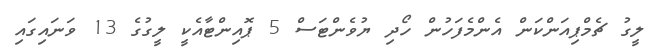
ލީގު ޗެމްޕިއަންކަން އެންމެފަހުން ހޯދި ޔުވެންޓަސް 5 ޕޮއިންޓާއެކީ ލީގުގެ 13 ވަނައިގައި